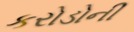
કરોડોની